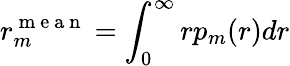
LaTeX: r_{m}^{\mathrm{~m~e~a~n~}}=\int_{0}^{\infty}rp_{m}(r)dr